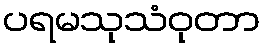
ပရမသုသံဝုတာ